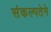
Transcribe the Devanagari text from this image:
संकल्पतेने